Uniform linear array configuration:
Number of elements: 64
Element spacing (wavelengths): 0.5
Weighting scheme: hann
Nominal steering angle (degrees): -15
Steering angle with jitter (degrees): -14.608
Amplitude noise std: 0.05
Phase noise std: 0.05

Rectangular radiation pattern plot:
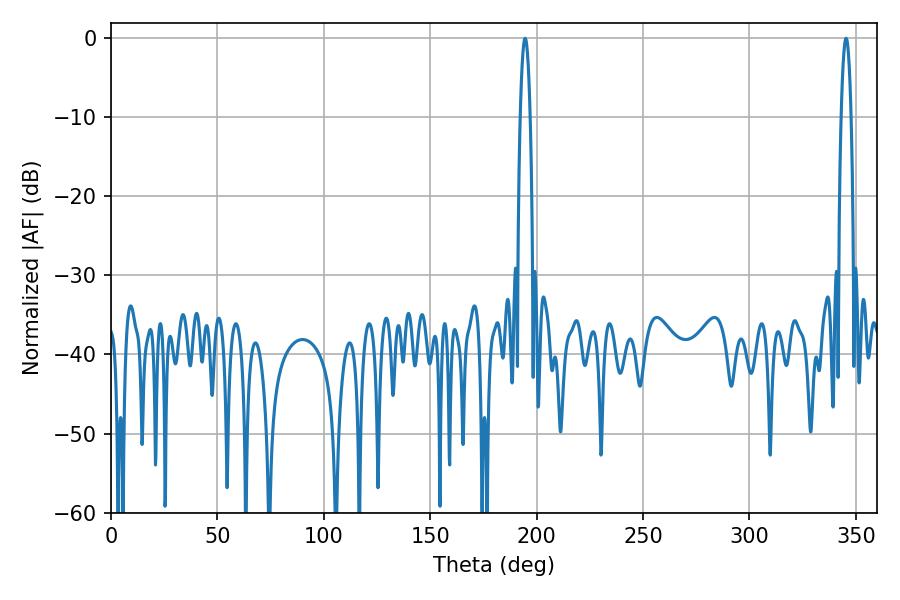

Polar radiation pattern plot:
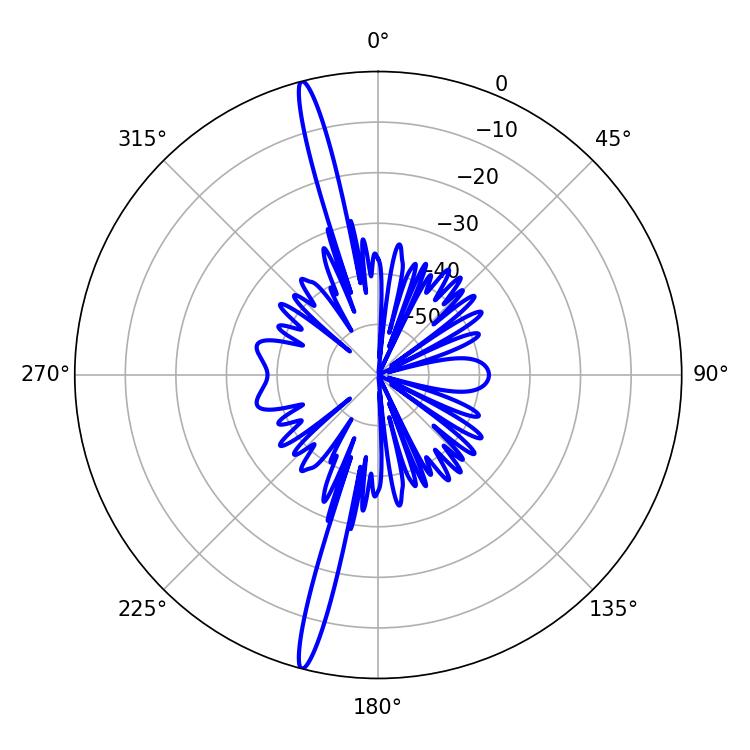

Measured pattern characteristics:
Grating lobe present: FALSE
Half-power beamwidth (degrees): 2.52
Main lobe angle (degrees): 194.58